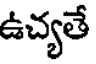
ఉచ్యతే